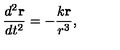
\frac { d ^ { 2 } { \bf r } } { d t ^ { 2 } } = - \frac { k { \bf r } } { r ^ { 3 } } ,